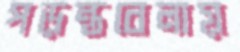
পড়ন্তবেলায়